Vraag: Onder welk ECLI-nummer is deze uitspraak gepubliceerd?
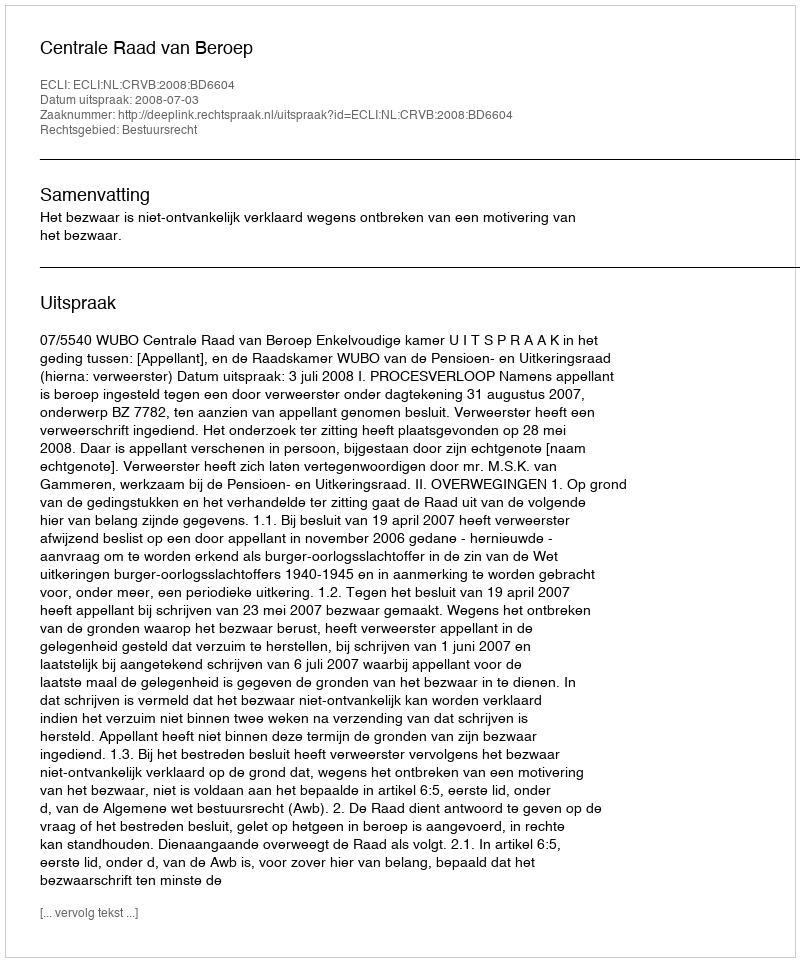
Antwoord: ECLI:NL:CRVB:2008:BD6604